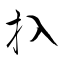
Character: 扖